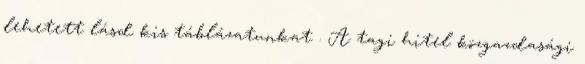
lehetett lásd kis táblázatunkat . A tagi hitel közgazdasági